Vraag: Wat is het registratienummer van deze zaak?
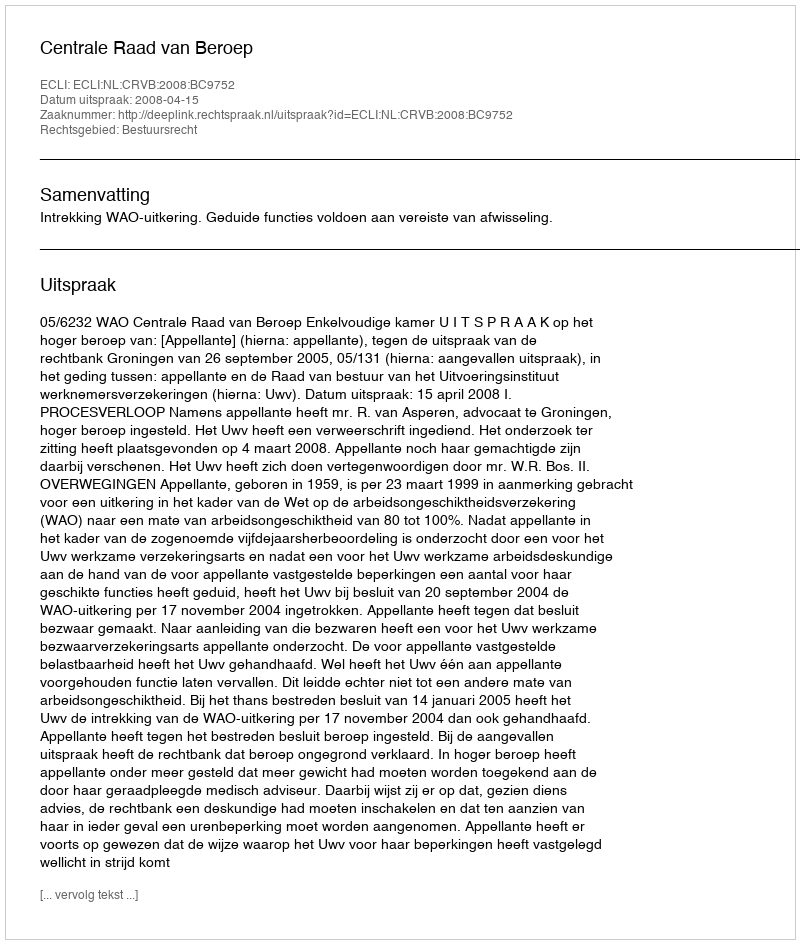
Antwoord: http://deeplink.rechtspraak.nl/uitspraak?id=ECLI:NL:CRVB:2008:BC9752